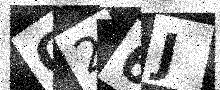
Text: Q26J